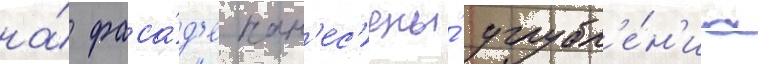
на́ фаса́д'е нан'ес'ены́ углубл'е́н'иа